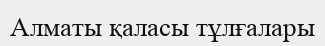
Алматы қаласы тұлғалары